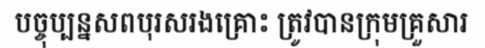
បច្ចុប្បន្នសពបុរសរងគ្រោះ ត្រូវបានក្រុមគ្រួសារ